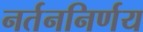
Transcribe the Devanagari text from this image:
नर्तननिर्णय